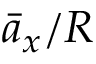
\bar { a } _ { x } / R